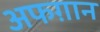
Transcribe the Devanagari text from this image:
अफग़ान